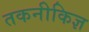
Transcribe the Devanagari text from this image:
तकनीकिज्ञ